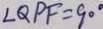
\angle Q P F = 9 0 ^ { \circ }